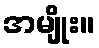
အမျိုး။